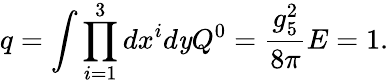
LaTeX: q=\int\prod_{i=1}^{3}dx^{i}d\mathit{y}Q^{0}=\frac{{g_{5}^{2}}}{{8\pi}}E=1.